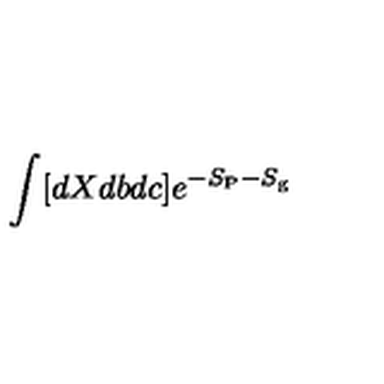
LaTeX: \int [ d X d b d c ] e ^ { - S _ { \mathrm { P } } - S _ { \mathrm { g } } }